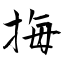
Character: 挴